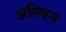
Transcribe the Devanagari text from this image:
अल्विन